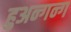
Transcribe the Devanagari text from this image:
हुअन्गन्ग